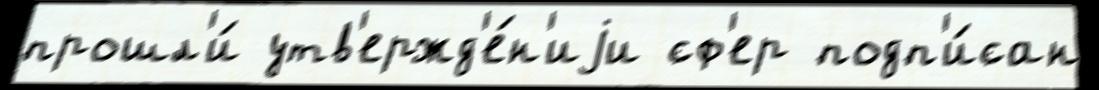
прошл'и́ утв'ержд'е́н'иjи сф'ер подп'и́сан